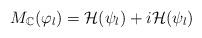
LaTeX: \begin{align*}M_{\mathbb{C}}(\varphi_{l})=\mathcal{H}(\psi_{l})+i\mathcal{H}(\psi_{l})\end{align*}